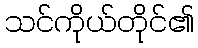
သင်ကိုယ်တိုင်၏